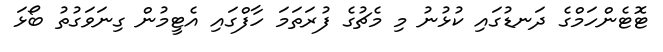
ޓޮޓެންހަމްގެ ދަނޑުގައި ކުޅުނު މި މެޗުގެ ފުރަތަމަ ހާފްގައި އެޓީމުން ގިނަވަގުތު ބޯޅަ